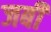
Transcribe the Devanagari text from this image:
जबीं